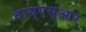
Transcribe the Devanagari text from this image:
वाय्‌एस्‌आर